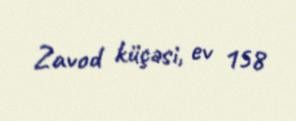
Zavod küçəsi, ev 158